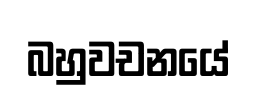
බහුවචනයේ